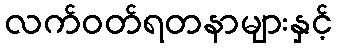
လက်ဝတ်ရတနာများနှင့်